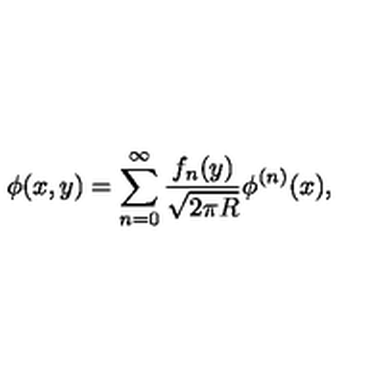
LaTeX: \phi ( x , y ) = \sum _ { n = 0 } ^ { \infty } \frac { f _ { n } ( y ) } { \sqrt { 2 \pi R } } \phi ^ { ( n ) } ( x ) ,